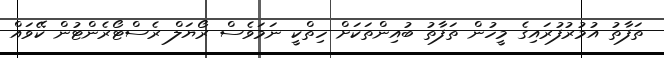
ތަފާތު އުމުރުފުރައިގެ މީހުން ތަފާތު ބުއިންތަކަށް ހިތްކީ ނަމަވެސް ރޯޔަލް ރެސްޓޯރެންޓުން ކޭވައް